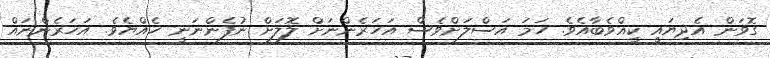
ގޮވަން އެދިޔައީ ކީއްވެބާއެވެ. ހަމަ އަސްލަށްވެސް އަހަރެންނަށް ލޮލަށް ނުފެންނަނީ ހެއްޔެވެ. އަހަރެންނައް